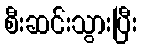
စီးဆင်းသွားပြီး